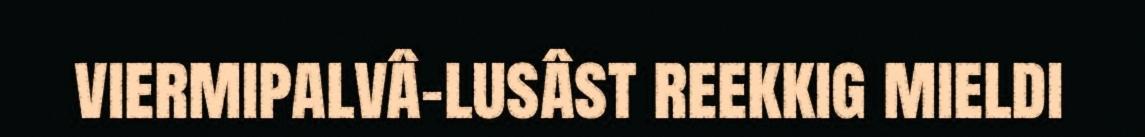
viermipalvâ-lusâst reekkig mieldi